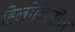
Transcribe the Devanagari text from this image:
हिलीबिलीज